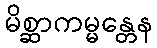
မိစ္ဆာကမ္မန္တေန